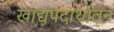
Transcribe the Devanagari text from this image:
खाद्यपदार्थातून